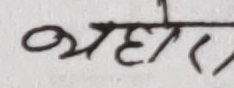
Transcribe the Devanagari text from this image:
यहाँ र